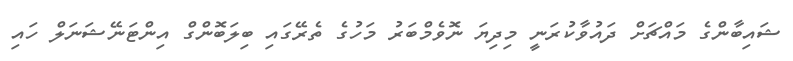
ޝައިބާންގެ މައްޗަށް ދައުވާކުރަނީ މިދިޔަ ނޮވެމްބަރު މަހުގެ ތެރޭގައި ބިލަބޮންގް އިންޓަނޭޝަނަލް ހައި